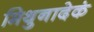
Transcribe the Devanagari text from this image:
मिथुनादेकं